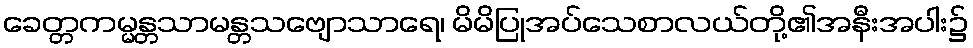
ခေတ္တကမ္မန္တသာမန္တသဗျောသာရေ၊ မိမိပြုအပ်သေစာလယ်တို့၏အနီးအပါး၌